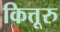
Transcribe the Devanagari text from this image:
कित्तूरु